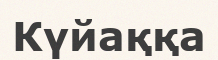
Күйаққа